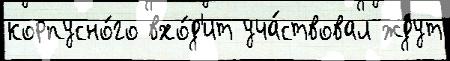
корпусно́го вхо́д'ит уча́ствовал ждут